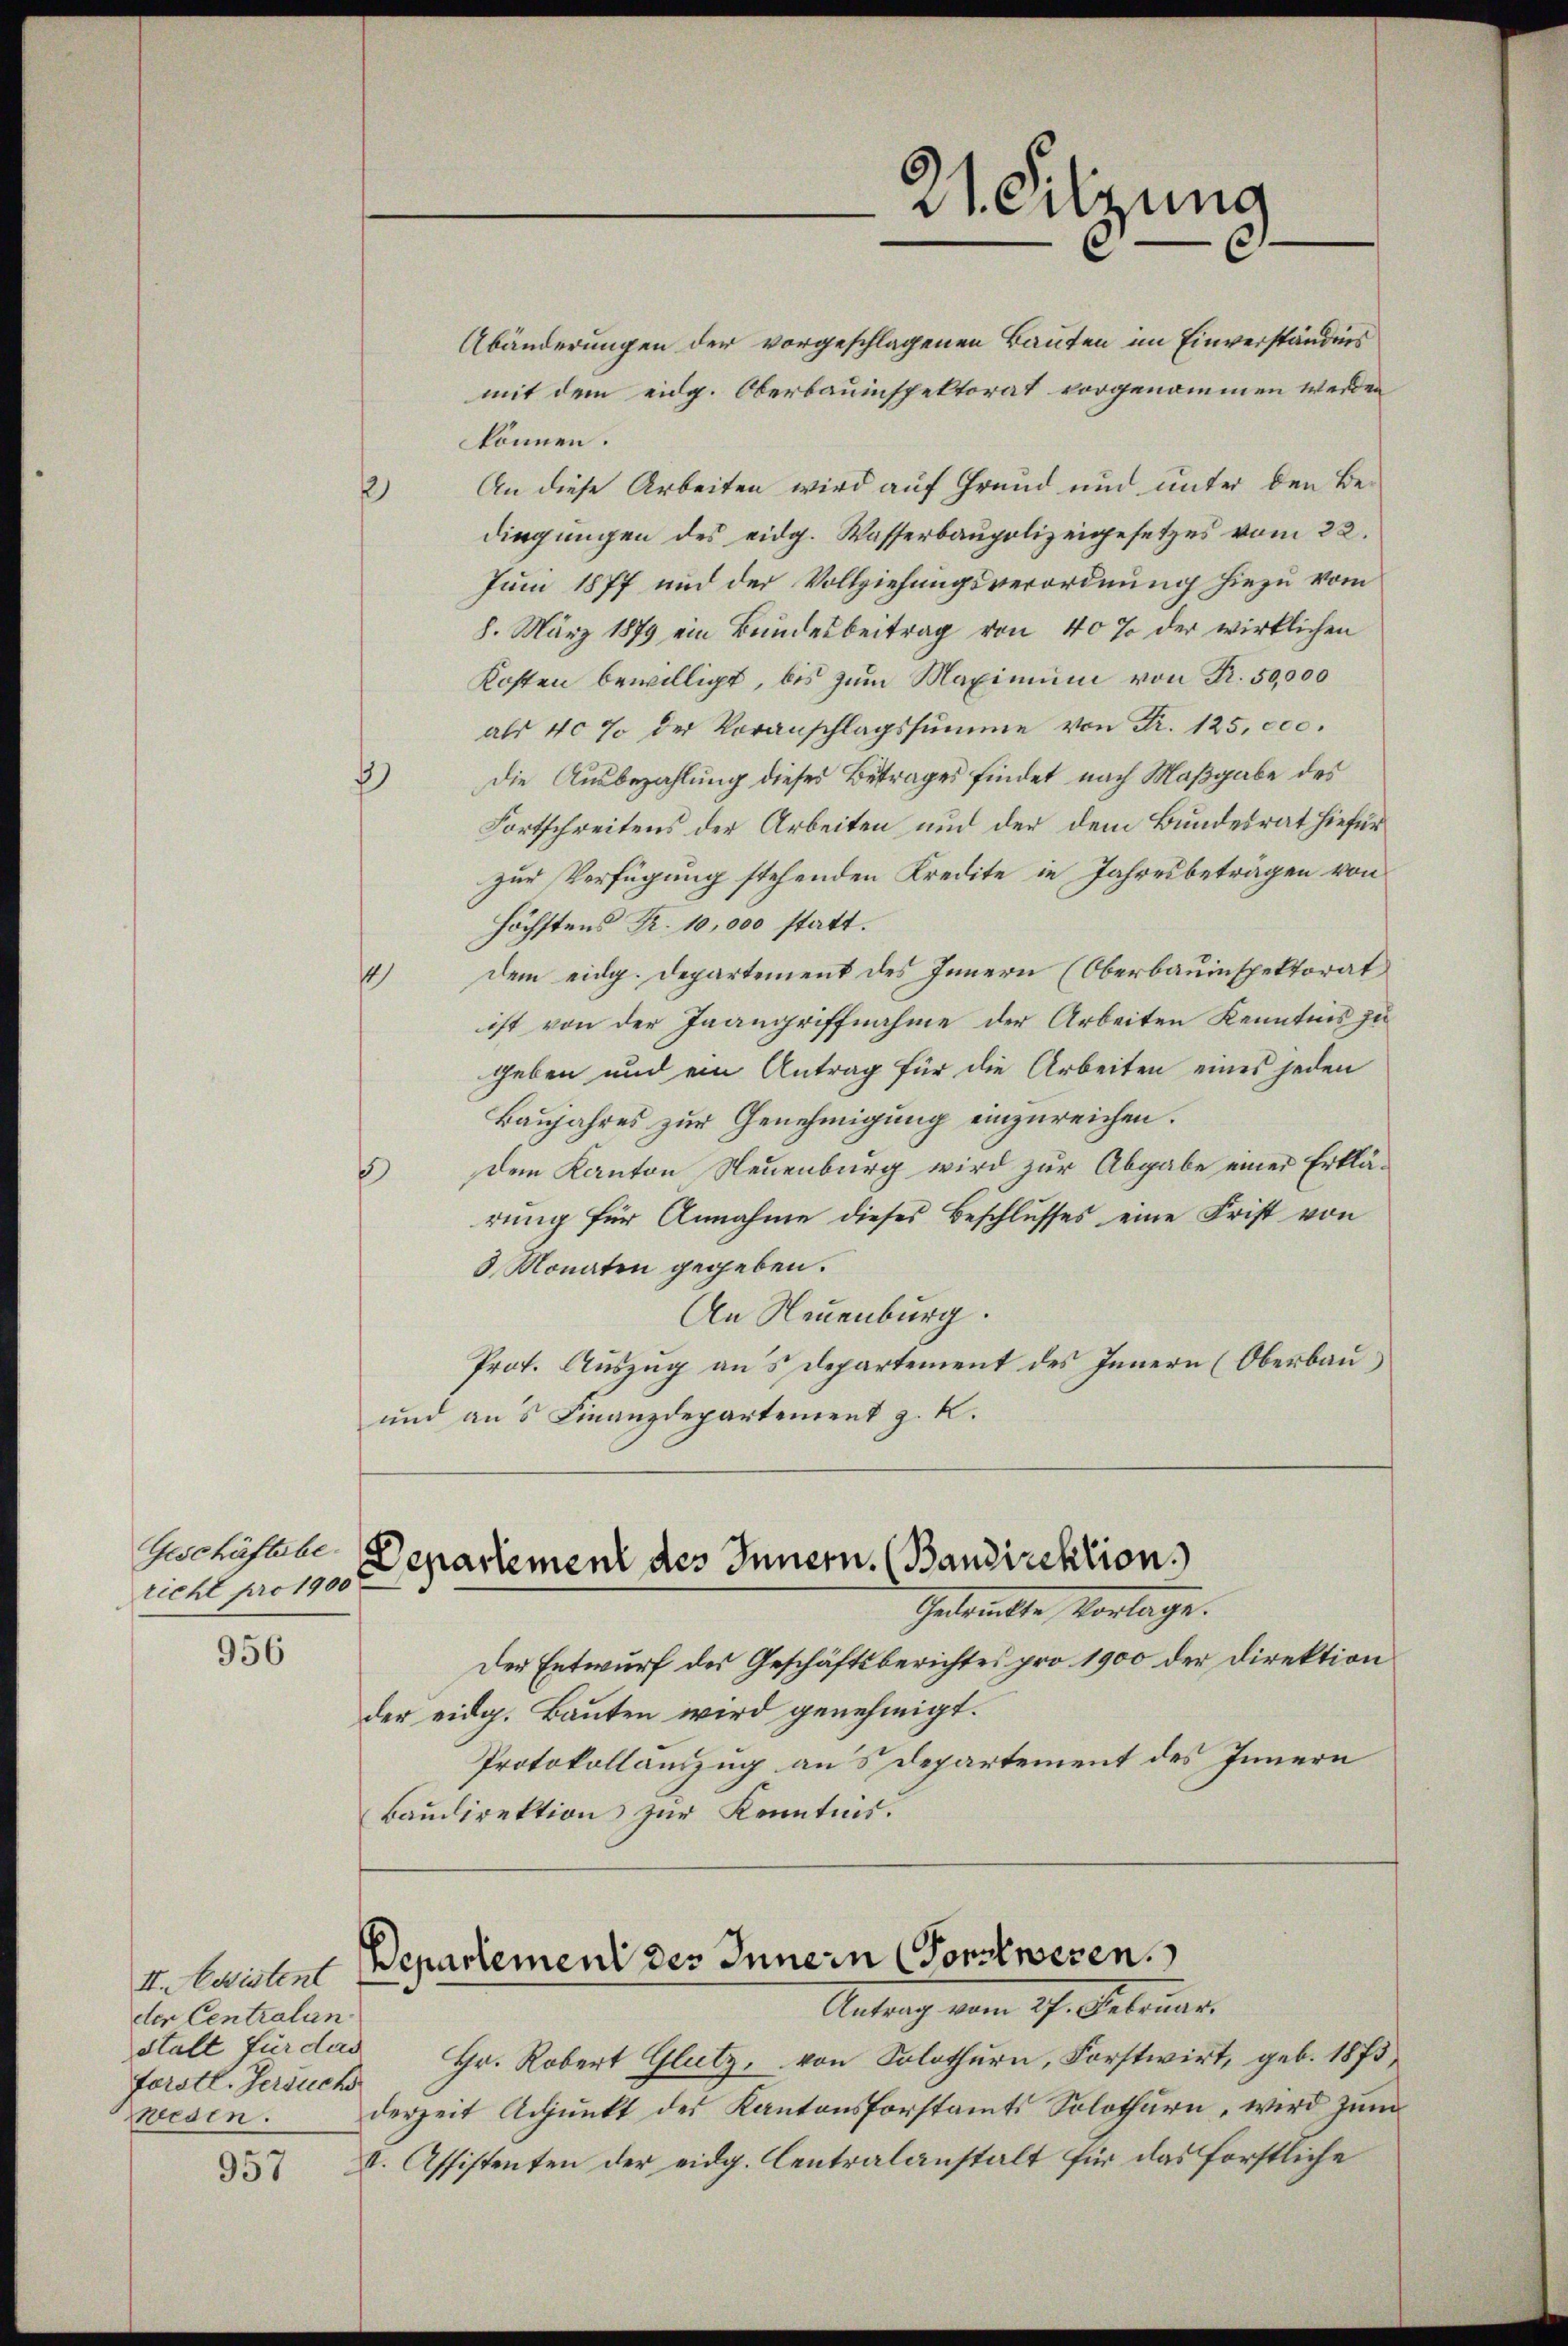
Geschäftsbe
richt pro 1900

956

957

II. existent
der Centralan
stalt für das
forstl. Gersuch
wesen.

f

1

Abänderungen der vorgeschlagenen Bauten im Einverständnis
mit dem eidg. Oberbauinspektorat vorgenommen werden
können.
An diese Arbeiten wird auf Grund und unter den Bedingungen des eidg. Wasserbaupolizeigesetzes vom 22.
Juni 1877 und der Vollziehungsverordnung hiezu vom
8. März 1879 ein Bundesbeitrag von 40% der wirklichen
Kosten bewilligt, bis zum Maximum von Fr. 50,000
als 40% der Voranschlagssumme von Fr. 125,000.
Die Ausbezahlung dieses Betrages findet nach Maßgabe des
Fortschreitens der Arbeiten und der dem Bundesrat hiefür
zur Verfügung stehenden Kredite in Jahresbeträgen von
höchstens R. 10,000 statt.
dem eidg. Departement des Innern (Oberbauinspektorat
1
ist von der Inangriffnahme der Arbeiten Kenntnis zu
geben und ein Antrag für die Arbeiten eines jeden
Baujahres zur Genehmigung einzureichen.
dem Kanton Neuenburg wird zur Abgabe einer Erklä¬
1
rung für Annahme dieses Beschlusses eine Frist von
3 Monaten gegeben.
An Neuenburg.
Prot. Auszug aus Departement des Innern (Oberbau
und aus Finanzdepartement z. K.

Departement des Innern. (Bandirektion
Gedankte Vorlage.

Der Entwurf des Geschäftsberichtes pro 1900 der Direktion
der eidg. Bauten wird genehmigt.
Protokollauszug aus Departement des Innern
Baudirektion zur Kenntnis.

21. Sitzung

Departement des Innern Vorstwesen.
Antrag vom 17. Februar.
Hr. Robert Glutz, von Solothurn, Forstwirt, geb. 1875,
derzeit Adjunkt des Kantonsforstamts Solothurn, wird zŭm
V. Assistenten der eidg. Centralanstalt für das forstliche